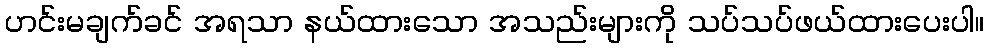
ဟင်းမချက်ခင် အရသာ နယ်ထားသော အသည်းများကို သပ်သပ်ဖယ်ထားပေးပါ။